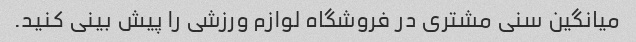
میانگین سنی مشتری در فروشگاه لوازم ورزشی را پیش بینی کنید.